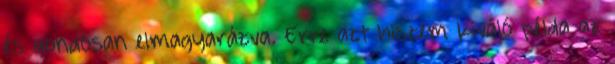
és gondosan elmagyarázva. Erre azt hiszem kiváló példa az